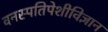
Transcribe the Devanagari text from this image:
वनस्पतिपेशीविज्ञान